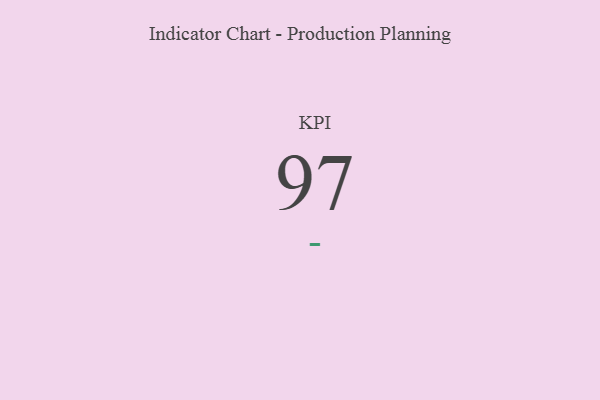
{"axis": {"x": "KPI", "y": "Value"}, "legend": [""], "data": [{"x": "KPI", "y": 97, "type": ""}]}